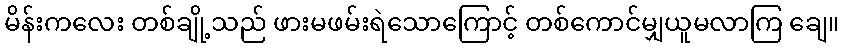
မိန်းကလေး တစ်ချို့သည် ဖားမဖမ်းရဲသောကြောင့် တစ်ကောင်မျှယူမလာကြ ချေ။